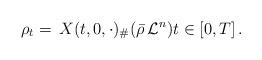
LaTeX: \begin{align*}\rho_t=\,X(t,0,\cdot)_\#(\bar\rho\,\mathcal L^n)t\in [0,T]\,.\end{align*}